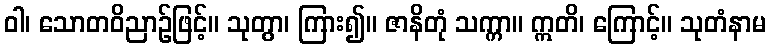
ဝါ၊ သောတဝိညာဉ်ဖြင့်။ သုတွာ၊ ကြား၍။ ဇာနိတုံ သက္ကာ။ ဣတိ၊ ကြောင့်။ သုတံနာမ